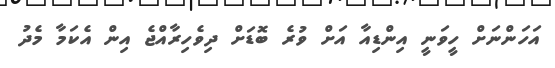
އަހަންނަށް ހީވަނީ އިންޑިއާ އަށް ވުރެ ބޮޑަށް ދިވެހިރާއްޖެ އިން އެކަމާ މެދު